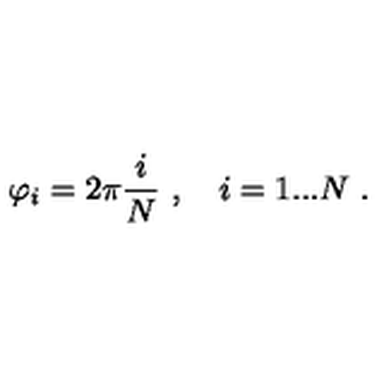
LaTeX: \varphi _ { i } = 2 \pi \frac { i } { N } \ , \quad i = 1 . . . N \ .